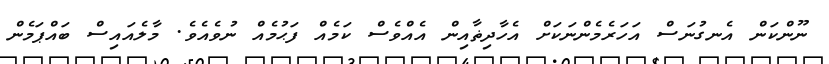
ނޫންކަން އެނގުނަސް އަހަރެމެންނަކަށް އެހާދިޡާއިން އެއްވެސް ކަމެއް ފަޙުމެއް ނުވެއެވެ. މާލެއައިސް ބައްޕަމެން